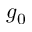
g _ { 0 }